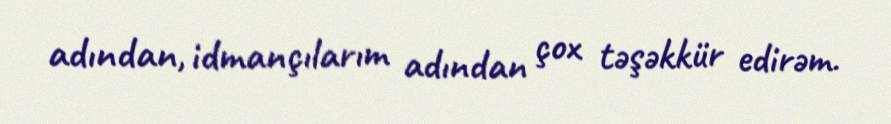
adından, idmançılarım adından çox təşəkkür edirəm.